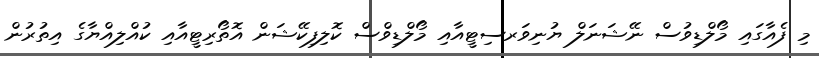
މި ފެއާގައި މޯލްޑިވުސް ނޭޝަނަލް ޔުނިވަރސިޓީއާއި މޯލްޑިވްސް ކޮލިފިކޭޝަން އޮތޯރިޓީއާއި ކުއްލިއްޔާގެ އިތުރުން